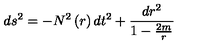
d s ^ { 2 } = - N ^ { 2 } \left( r \right) d t ^ { 2 } + \frac { d r ^ { 2 } } { 1 - \frac { 2 m } { r } }